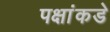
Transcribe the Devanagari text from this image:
पक्षांकडे